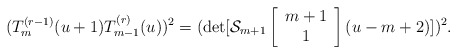
\begin{align*}(T_{m}^{(r-1)}(u+1)T_{m-1}^{(r)}(u))^2 =(\det[{\cal S}_{m+1} \left[ \begin{array}{c} m+1 \\ 1 \end{array} \right] (u-m+2)])^2. \end{align*}